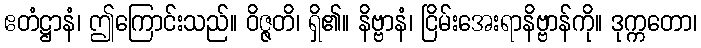
ဧတံဋ္ဌာနံ၊ ဤကြောင်းသည်။ ဝိဇ္ဇတိ၊ ရှိ၏။ နိဗ္ဗာနံ၊ ငြိမ်းအေးရာနိဗ္ဗာန်ကို။ ဒုက္ကတော၊